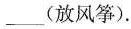
___(放风筝)。